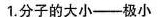
1.分子的大小——极小